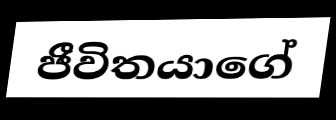
ජීවිතයාගේ